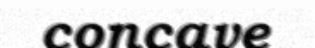
concave